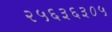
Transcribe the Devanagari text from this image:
२५६३६३०५